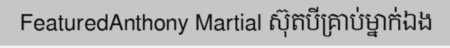
FeaturedAnthony Martial ស៊ុតបីគ្រាប់ម្នាក់ឯង